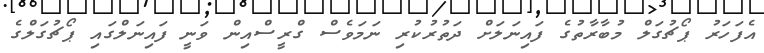
އެފަހަރު ޕޯޗުގަލް މުބާރާތުގެ ފައިނަލަށް ދަތުރުކުރި ނަމަވެސް ގްރީސްއިން ވަނީ ފައިނަލްގައި ޕޯޗުގަލްގެ